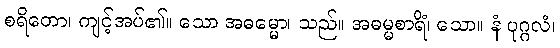
စရိတော၊ ကျင့်အပ်၏။ သော အဓမ္မော၊ သည်။ အဓမ္မစာရိံ၊ သော။ နံ ပုဂ္ဂလံ၊